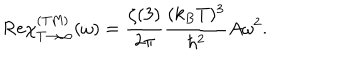
\mathrm { R e } \chi _ { T \rightarrow \infty } ^ { \mathrm { ( T M ) } } ( \omega ) = { \frac { \zeta ( 3 ) } { 2 \pi } } { \frac { ( k _ { B } T ) ^ { 3 } } { \hbar ^ { 2 } } } A \omega ^ { 2 } .